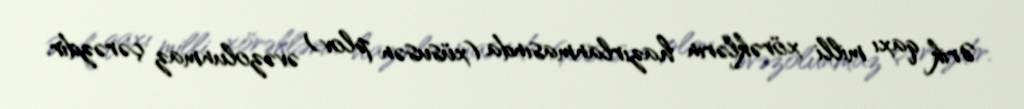
Ərik qaxı milli xörəklərin hazırlanmasında (xüsusən plov) əvəzolunmaz çərəzdir.